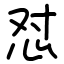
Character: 怼